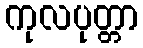
ကုလပုတ္တာ